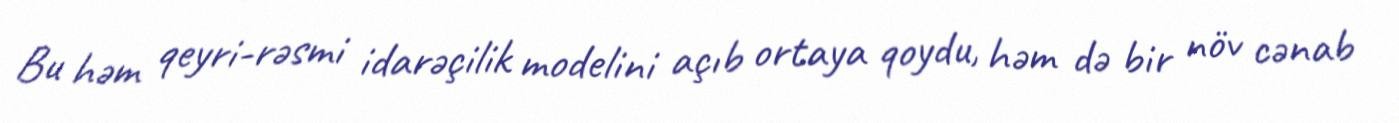
Bu həm qeyri-rəsmi idarəçilik modelini açıb ortaya qoydu, həm də bir növ cənab